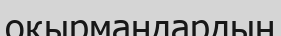
оқырмандардың